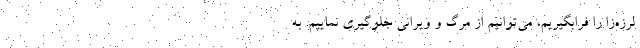
لرزه‌زا را فرابگیریم، می‌توانیم از مرگ و ویرانی جلوگیری نماییم. به